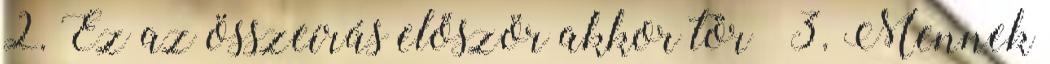
2. Ez az összeírás először akkor tör− 3. Mennek